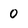
Character: 0